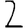
Digit: 2